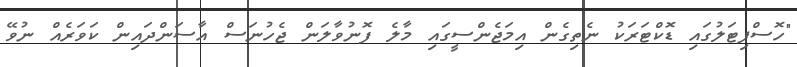
"ހޮސްޕިޓަލުގައި ޑޮކްޓަރަކު ނެތިގެން އިމަޖެންސީގައި މާލެ ފޮނުވާލަން ޖެހުނަސް އާސަންދައިން ކަވަރެއް ނުވޭ